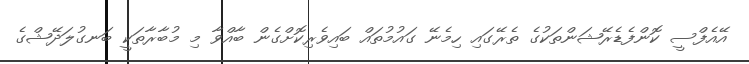
އޭއެފްސީ ކޮންފެޑެރޭޝަންތަކުގެ ތެރޭގައި ހިމެނޭ ގައުމުތައް ބައިވެރިކޮށްގެން ބާއްވާ މި މުބާރާތަކީ ބަނގުލަދޭޝްގެ